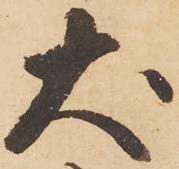
犬